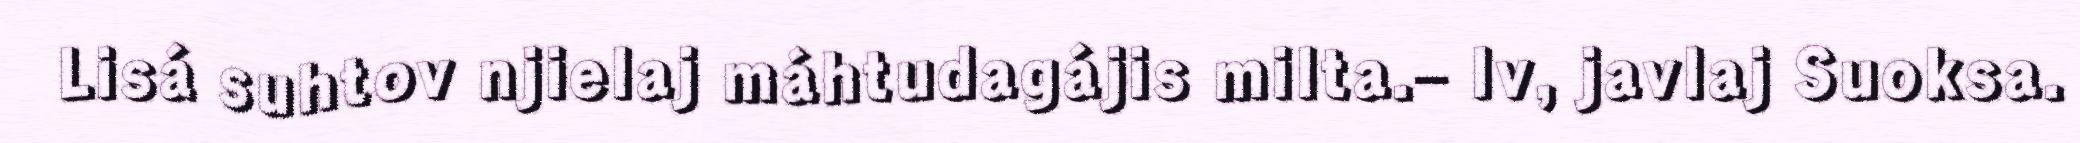
Lisá suhtov njielaj máhtudagájis milta.– Iv, javlaj Suoksa.